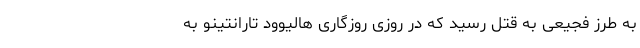
به‌ طرز فجیعی به قتل رسید که در روزی روزگاری هالیوود تارانتینو به